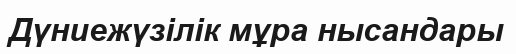
Дүниежүзілік мұра нысандары